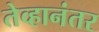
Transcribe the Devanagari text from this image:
तेव्हानंतर